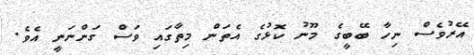
އޭރުވެސް ނިހާ ބޭބީގެ މޫނު ކޮޅުގެ އެތަން މިތާގައި ވަސް ގަންނަނީ އެވެ.